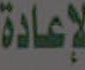
لإعادة